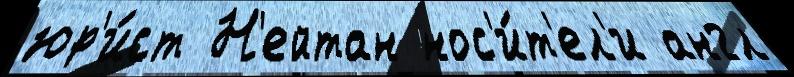
юр'и́ст Н'ейтан нос'и́т'ел'и англ